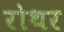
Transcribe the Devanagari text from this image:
रोथर